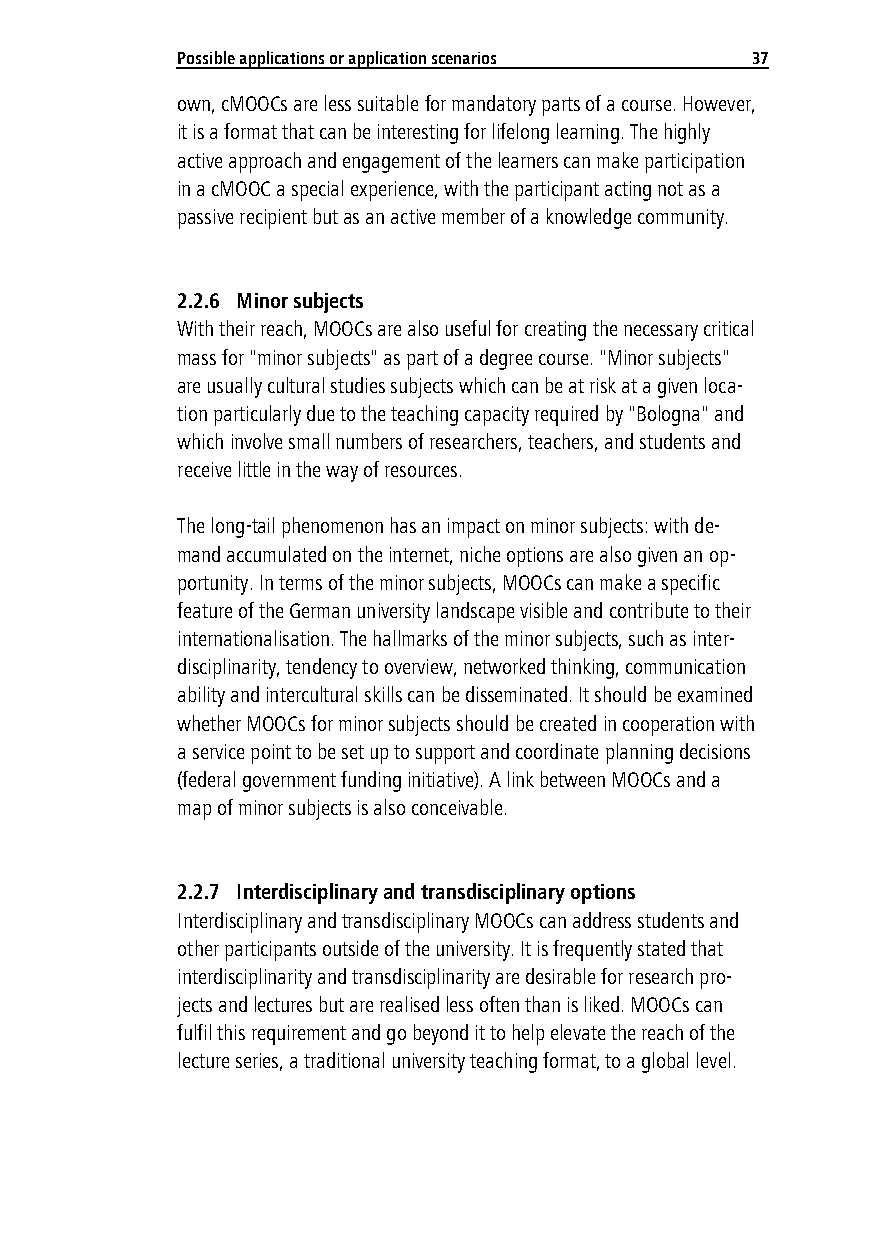
Possib le applications or application scenarios 37
 own, cMOOCs are less suitable for mandatory parts of a course. However,
 it is a format that can be interesting for lifelong learning. The highly
 active approach and engagement of the learners can make participation
 in a cMOOC a special experience, with the participant acting not as a
 passive recipient but as an active member of a knowledge community.
 2.2.6 Minor subjects
 With their reach, MOOCs are also useful for creating the necessary critical
 mass for "minor subjects" as part of a degree course. "Minor subjects"
 are usually cultural studies subjects which can be at risk at a given loca-
 tion particularly due to the teaching capacity required by "Bologna" and
 which involve small numbers of researchers, teachers, and students and
 receive little in the way of resources.
 The long-tail phenomenon has an impact on minor subjects: with de-
 mand accumulated on the internet, niche options are also given an op-
 portunity. In terms of the minor subjects, MOOCs can make a specific
 feature of the German university landscape visible and contribute to their
 internationalisation. The hallmarks of the minor subjects, such as inter-
 disciplinarity, tendency to overview, networked thinking, communication
 ability and intercultural skills can be disseminated. It should be examined
 whether MOOCs for minor subjects should be created in cooperation with
 a service point to be set up to support and coordinate planning decisions
 (federal government funding initiative). A link between MOOCs and a
 map of minor subjects is also conceivable.
 2.2.7 Interdisciplinary and transdisciplinary options
 Interdisciplinary and transdisciplinary MOOCs can address students and
 other participants outside of the university. It is frequently stated that
 interdisciplinarity and transdisciplinarity are desirable for research pro-
 jects and lectures but are realised less often than is liked. MOOCs can
 fulfil this requirement and go beyond it to help elevate the reach of the
 lecture series, a traditional university teaching format, to a global level.